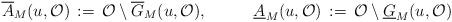
LaTeX: \begin{align*}\overline{A}_M(u,\mathcal{O})\,:=\,\mathcal{O}\setminus \overline{G}_M(u,\mathcal{O}),\;\;\;\;\;\;\;\;\;\;\underline{A}_M(u,\mathcal{O})\,:=\,\mathcal{O}\setminus \underline{G}_M(u,\mathcal{O})\end{align*}